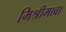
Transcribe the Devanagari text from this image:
मिश्रीमावा